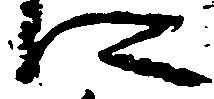
に